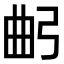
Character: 𢏢